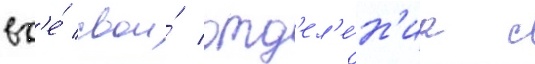
вс'е́ свои́ отд'ел'е́н'иа с